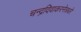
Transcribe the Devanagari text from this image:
चन्द्रदिवाकरनेत्रधरे